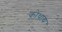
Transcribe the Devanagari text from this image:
कोथाय